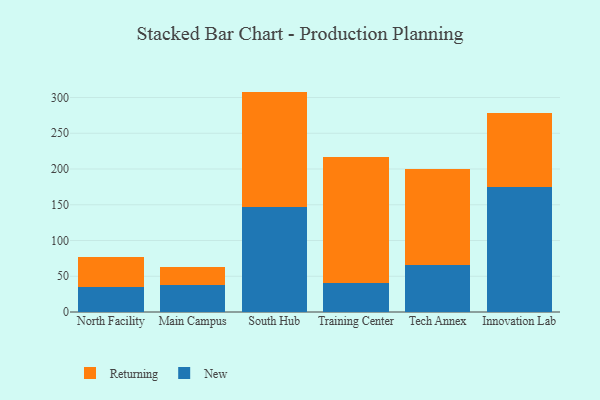
{"axis": {"x": "Campus", "y": "Backlog"}, "legend": ["New", "Returning"], "data": [{"x": "North Facility", "y": 35.1, "type": "New"}, {"x": "North Facility", "y": 41.8, "type": "Returning"}, {"x": "Main Campus", "y": 37.4, "type": "New"}, {"x": "Main Campus", "y": 25.8, "type": "Returning"}, {"x": "South Hub", "y": 146.6, "type": "New"}, {"x": "South Hub", "y": 161.7, "type": "Returning"}, {"x": "Training Center", "y": 40.9, "type": "New"}, {"x": "Training Center", "y": 176.4, "type": "Returning"}, {"x": "Tech Annex", "y": 65.1, "type": "New"}, {"x": "Tech Annex", "y": 134.5, "type": "Returning"}, {"x": "Innovation Lab", "y": 174.9, "type": "New"}, {"x": "Innovation Lab", "y": 102.8, "type": "Returning"}]}